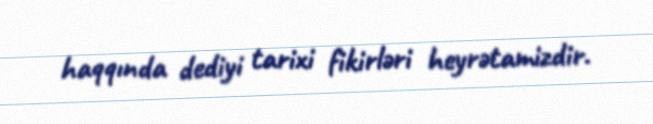
haqqında dediyi tarixi fikirləri heyrətamizdir.